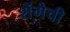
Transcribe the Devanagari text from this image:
शेंगेची